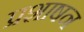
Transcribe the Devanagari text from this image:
प्रशाषन